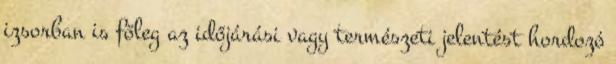
izsorban is főleg az időjárási vagy természeti jelentést hordozó